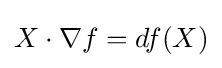
X\cdot \nabla f=df(X)